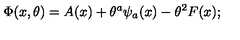
\Phi ( x , \theta ) = A ( x ) + \theta ^ { a } \psi _ { a } ( x ) - \theta ^ { 2 } F ( x ) ;